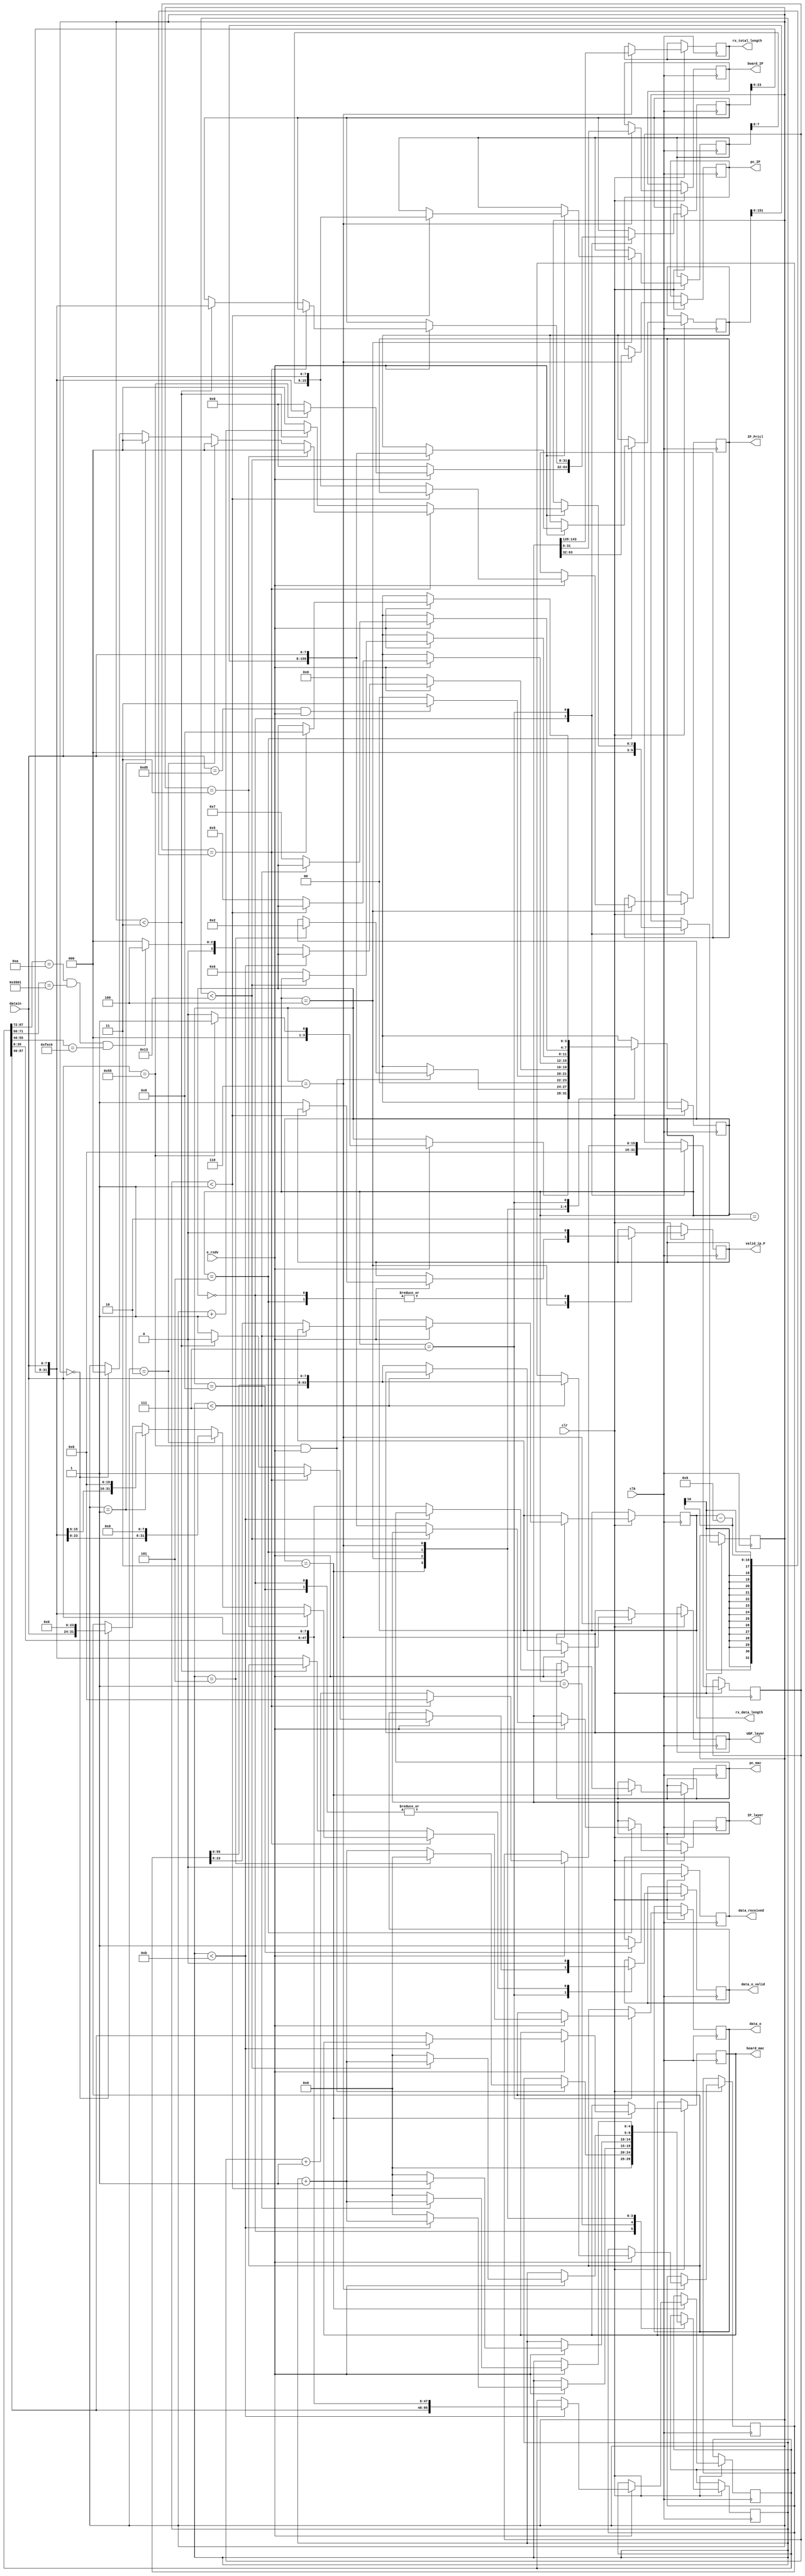
`timescale 1ns / 1ps
/****************************************/
//      GMII UDP????????//
/****************************************/
module iprecieve(
	 input clk,                                  //GMII
	 input [7:0] datain,                         //GMII
	 input e_rxdv,                               //GMII
	 input clr,                                  ///
	 output reg [47:0]  board_mac,               //?MAC
	 output reg [47:0]  pc_mac,	               //PCMAC 
	 output reg [15:0]  IP_Prtcl,                //IP 
	 output reg         valid_ip_P,					 
	 output reg [159:0] IP_layer,                //IP 
	 output reg [31:0]  pc_IP,                   //PCIP
	 output reg [31:0]  board_IP,                //?IP	 
	 output reg [63:0]  UDP_layer,               //UDP	 

	 output reg [31:0]  data_o,                  //UDP?            

	 output reg [15:0]  rx_total_length,         //UDP frame??
	 output reg         data_o_valid,            //UDP// 
	 output reg [15:0]  rx_data_length,          //UDP
	 output reg         data_received             //UDP?
					
 );

reg [3:0]  rx_state;
reg [15:0] myIP_Prtcl;
reg [159:0] myIP_layer;
reg [63:0] myUDP_layer;
reg [31:0] mydata; 
reg [2:0] byte_counter;
reg [4:0] state_counter;
reg [95:0] mymac;
reg [15:0] data_counter;
	 
parameter idle=4'd0,six_55=4'd1,spd_d5=4'd2,rx_mac=4'd3,rx_IP_Protocol=4'd4,
	       rx_IP_layer=4'd5,rx_UDP_layer=4'd6,rx_data=4'd7,rx_finish=4'd8;
	 
initial
begin
	 rx_state<=idle;
end

//UDP	 	
always@(posedge clk)
	begin
	if(!clr) begin
        rx_state<=idle;
        data_received<=1'b0;
    end
    else
		case(rx_state)
        idle: begin
            valid_ip_P<=1'b0;
            byte_counter<=3'd0;
            data_counter<=10'd0;
            mydata<=32'd0;
            state_counter<=5'd0;	
            data_o_valid<=1'b0; 
            if(e_rxdv==1'b1) begin                           //?
                if(datain[7:0]==8'h55) begin                  //??55//
                rx_state<=six_55;
                mydata<={mydata[23:0],datain[7:0]};
                end
            else
                rx_state<=idle;
            end
        end		
        six_55: begin                                              //6?0x55//
            if ((datain[7:0]==8'h55)&&(e_rxdv==1'b1)) begin
                if (state_counter==5) begin
                    state_counter<=0;
                    rx_state<=spd_d5;
                end
                else
                    state_counter<=state_counter+1'b1;
                end
            else
                rx_state<=idle;
        end
        spd_d5: begin                                              //1?0xd5//
            if((datain[7:0]==8'hd5)&&(e_rxdv==1'b1)) 
                rx_state<=rx_mac;			
            else 
                rx_state<=idle;
        end	
        rx_mac: begin                    //mac addressmac address
            if(e_rxdv==1'b1) begin
                if(state_counter<5'd11)	begin
                    mymac<={mymac[87:0],datain};
                    state_counter<=state_counter+1'b1;
                end
            else begin
                board_mac<=mymac[87:40];
                pc_mac<={mymac[39:0],datain};
                state_counter<=5'd0;
                if((mymac[87:72]==16'h000a)&&(mymac[71:56]==16'h3501)&&(mymac[55:40]==16'hfec0))   //MAC AddressFPGA
                    rx_state<=rx_IP_Protocol;
                else
                    rx_state<=idle;
                end
            end
            else
            rx_state<=idle;
        end
        rx_IP_Protocol: begin                                              //2IP TYPE//
            if(e_rxdv==1'b1) begin
                if(state_counter<5'd1) begin
                    myIP_Prtcl<={myIP_Prtcl[7:0],datain[7:0]};
                    state_counter<=state_counter+1'b1;
                end
                else begin
                    IP_Prtcl<={myIP_Prtcl[7:0],datain[7:0]};
                    valid_ip_P<=1'b1;
                    state_counter<=5'd0;
                    rx_state<=rx_IP_layer;
                end
            end
            else 
                rx_state<=idle;
        end
        rx_IP_layer: begin               //20udp,ip address
            valid_ip_P<=1'b0;
            if(e_rxdv==1'b1) begin
                if(state_counter<5'd19)	begin
                    myIP_layer<={myIP_layer[151:0],datain[7:0]};
                    state_counter<=state_counter+1'b1;
                end
                else begin
                    IP_layer<={myIP_layer[151:0],datain[7:0]};
                    state_counter<=5'd0;
                    rx_state<=rx_UDP_layer;
                end
            end
            else 
                rx_state<=idle;
        end
        rx_UDP_layer: begin                //8UDPUDP	  
            rx_total_length<=IP_layer[143:128];
            pc_IP<=IP_layer[63:32];
            board_IP<=IP_layer[31:0];
            if(e_rxdv==1'b1) begin
                if(state_counter<5'd7)	begin
                    myUDP_layer<={myUDP_layer[55:0],datain[7:0]};
                    state_counter<=state_counter+1'b1;
                end
                else begin
                    UDP_layer<={myUDP_layer[55:0],datain[7:0]};
                    rx_data_length<= myUDP_layer[23:8];                //UDP						
                    state_counter<=5'd0;
                    rx_state<=rx_data;
                end
            end
            else 
                rx_state<=idle;
        end
        rx_data: begin                                             //UDP?       
        if(e_rxdv==1'b1) begin
            if (data_counter==rx_data_length-9) begin         //,UDP??8UDP
                data_counter<=0;
                rx_state<=rx_finish;
                data_o_valid<=1'b1;               //RAM 							 
                if(byte_counter==3'd3) begin
                    data_o<={mydata[23:0],datain[7:0]};
                    byte_counter<=0;
                end
                else if(byte_counter==3'd2) begin
                    data_o<={mydata[15:0],datain[7:0],8'h00};       //32bit,?0
                    byte_counter<=0;
                end
                else if(byte_counter==3'd1) begin
                    data_o<={mydata[7:0],datain[7:0],16'h0000};     //32bit,?0
                    byte_counter<=0;
                end
                else if(byte_counter==3'd0) begin
                    data_o<={datain[7:0],24'h000000};              //32bit,?0
                    byte_counter<=0;
                end
        end
        else begin
            data_counter<=data_counter+1'b1;
            if(byte_counter<3'd3)	begin
                mydata<={mydata[23:0],datain[7:0]};
                byte_counter<=byte_counter+1'b1;
                data_o_valid<=1'b0;  
            end
            else begin
            data_o<={mydata[23:0],datain[7:0]};
            byte_counter<=3'd0;
            data_o_valid<=1'b1;                        //4byes,ram					  
            end	
        end
        end
        else
            rx_state<=idle;
        end
        rx_finish: begin
            data_o_valid<=1'b0;           
            data_received<=1'b1;
            rx_state<=idle;
        end		
        default:rx_state<=idle;    
		endcase
		end
endmodule